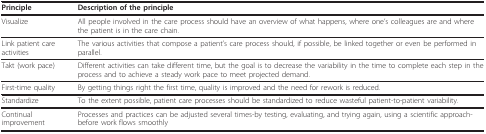
| Principle | Description of the principle |
 | --- | --- |
 | Visualize | All people involved in the care process should have an overview of what happens, where one's colleagues are and where the patient is in the care chain. |
 | Link patient care activities | The various activities that compose a patient's care process should, if possible, be linked together or even be performed in parallel. |
 | Takt (work pace) | Different activities can take different time, but the goal is to decrease the variability in the time to complete each step in the process and to achieve a steady work pace to meet projected demand. |
 | First-time quality | By getting things right the first time, quality is improved and the need for rework is reduced. |
 | Standardize | To the extent possible, patient care processes should be standardized to reduce wasteful patient-to-patient variability. |
 | Continual improvement | Processes and practices can be adjusted several times-by testing, evaluating, and trying again, using a scientific approach-before work flows smoothly |